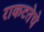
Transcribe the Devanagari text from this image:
राकटतेचे